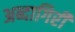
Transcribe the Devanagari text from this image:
अब्दागिरी